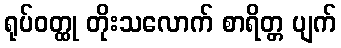
ရုပ်ဝတ္ထု တိုးသလောက် စာရိတ္တ ပျက်